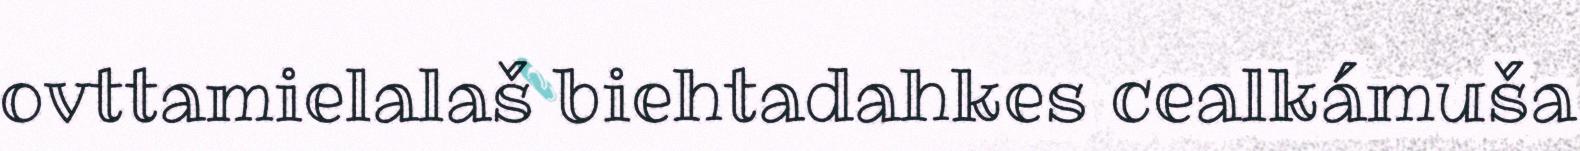
ovttamielalaš biehtadahkes cealkámuša